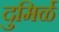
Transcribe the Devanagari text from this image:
दुमिर्ळ